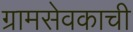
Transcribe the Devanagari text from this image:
ग्रामसेवकाची